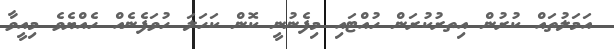
އަމަލުތައް ކުރުން އިތރުކުރަން ހުއްޓައި މިފެނުނީ ކޮން ކަހަލަ ހުވަފެނެއް ހެއްޔެވެ މިއީވާ